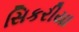
સિકરીયા